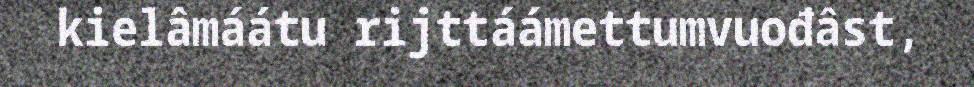
kielâmáátu rijttáámettumvuođâst,